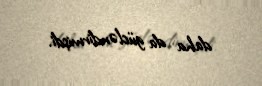
daha da gücləndirmişdi.